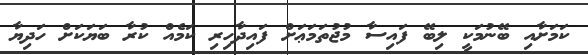
ކަމަށާއި ބޭނުމަކީ ލިބޭ ފައިސާ މުޖުތަމަޢަށް ފައިދާހިރި ކަމެއް ކުރާ ބަޔަކަށް ހަދިޔާ